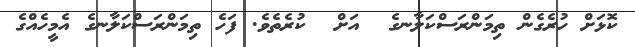
ކޮޅަށް ހުރެގެން ތިމަންރަސްކަލާނގެ  އަށް  ކުރެތެވެ. ފަހެ ތިމަންރަސްކަލާނގެ އެމީހެއްގެ